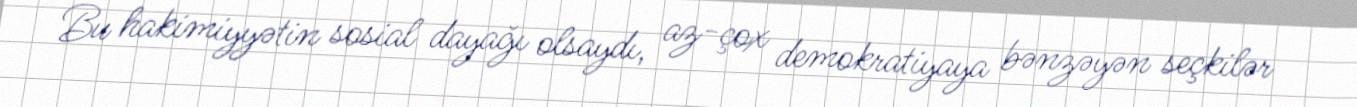
Bu hakimiyyətin sosial dayağı olsaydı, az-çox demokratiyaya bənzəyən seçkilər